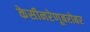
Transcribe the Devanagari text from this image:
केसीनरेणूबरोबर